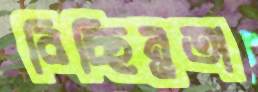
বিচ্ছিন্নতা